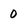
Character: 0